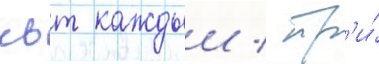
квт каждыи / тр'и́